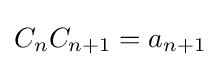
{C}_{n}{C}_{n+1}={a}_{n+1}